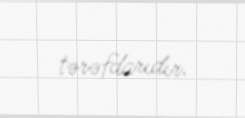
tərəfdarıdır.